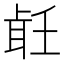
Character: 𦕢